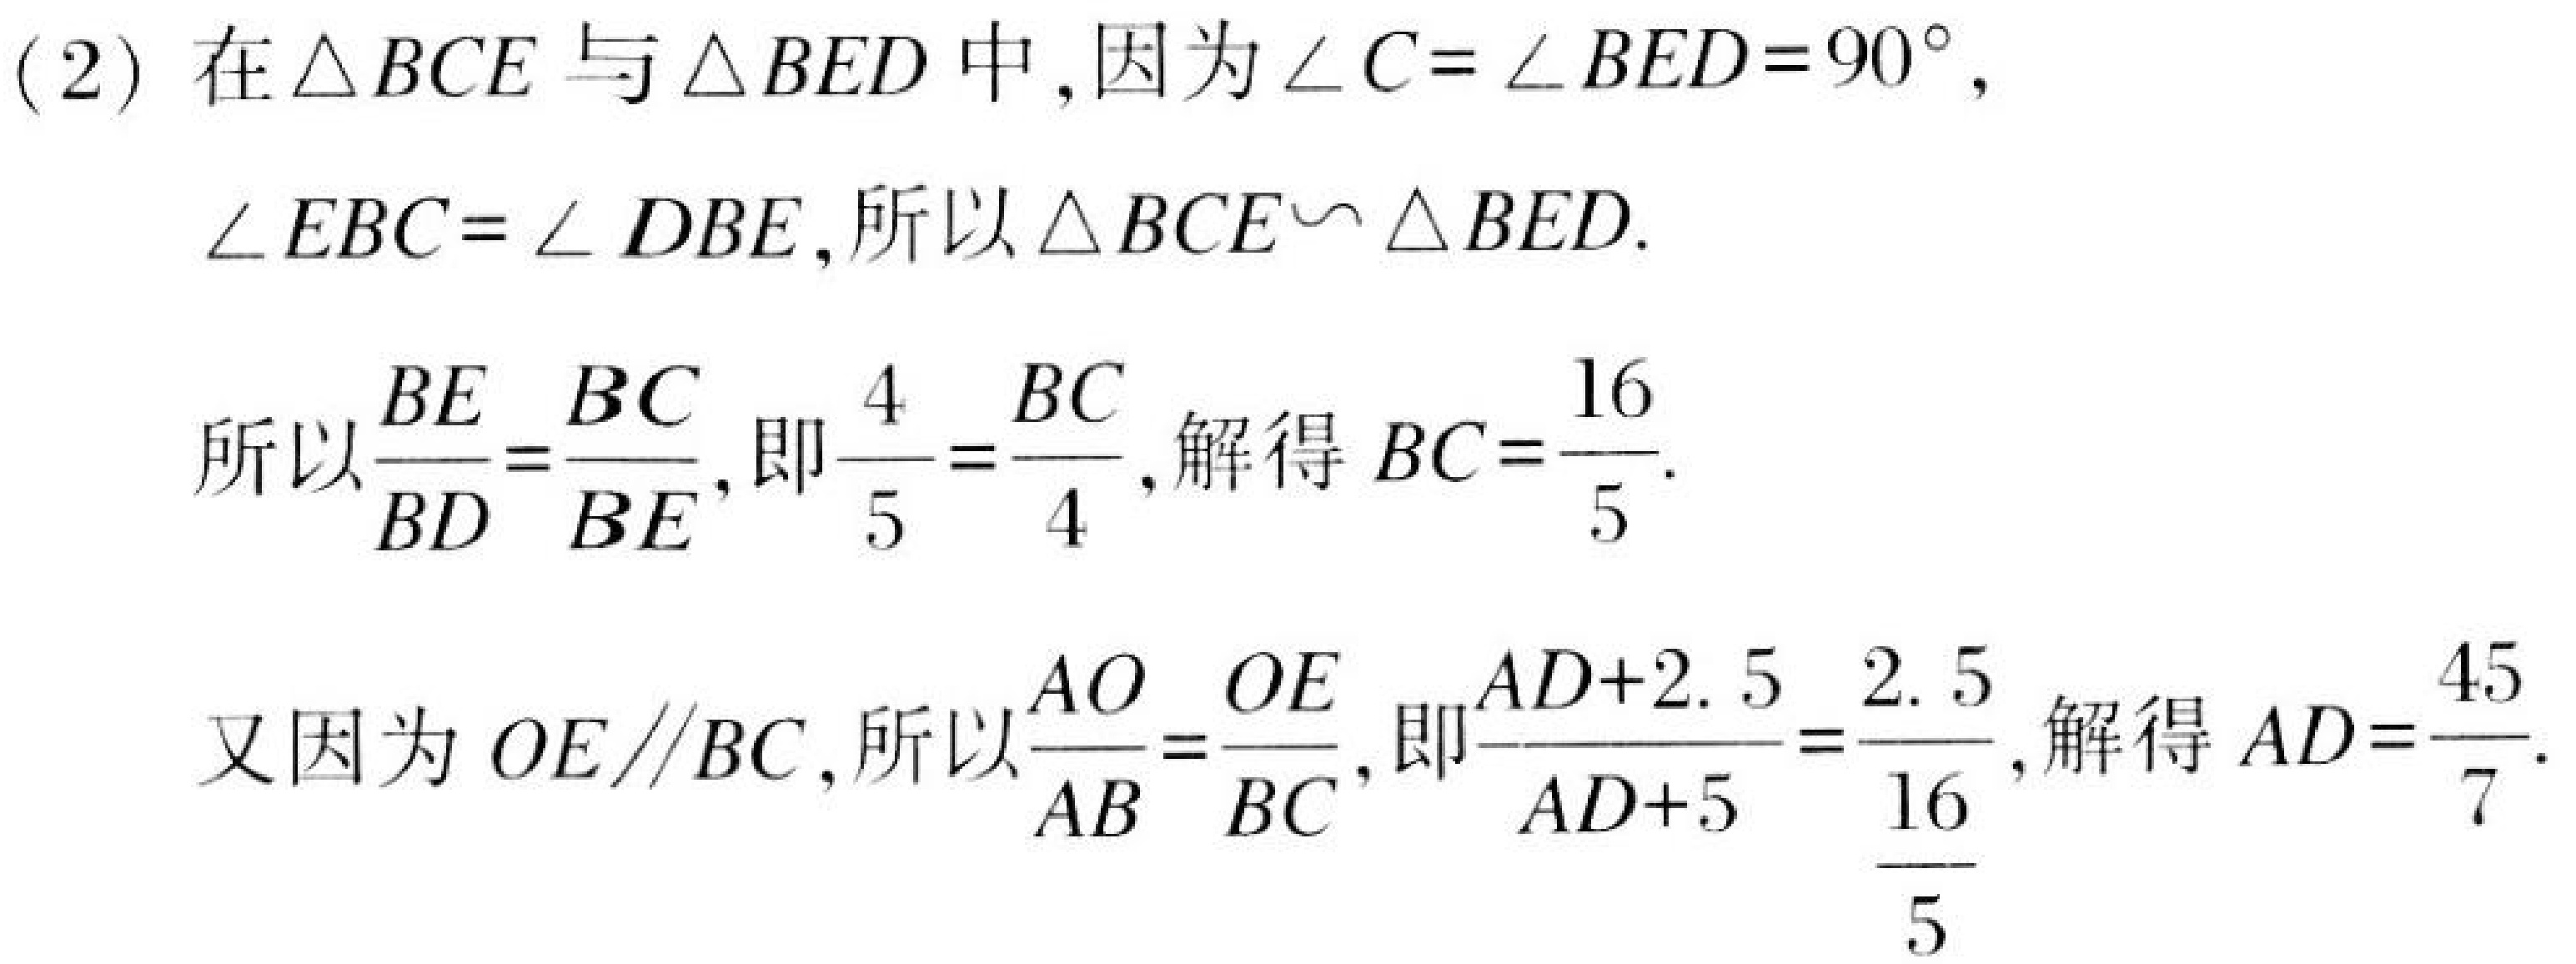
(2) 在$\triangle BCE$与$\triangle BED$中,因为$\angle C = \angle BED = 90^{\circ}$,
$\angle EBC=\angle DBE$,所以$\triangle BCE\backsim\triangle BED$.
所以$\frac{BE}{BD}=\frac{BC}{BE}$,即$\frac{4}{5}=\frac{BC}{4}$,解得$BC = \frac{16}{5}$.
又因为$OE\parallel BC$,所以$\frac{AO}{AB}=\frac{OE}{BC}$,即$\frac{AD + 2.5}{AD + 5}=\frac{2.5}{\frac{16}{5}}$,解得$AD=\frac{45}{7}$.